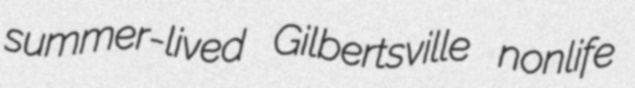
summer-lived Gilbertsville nonlife